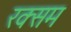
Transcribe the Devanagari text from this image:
रक्सम